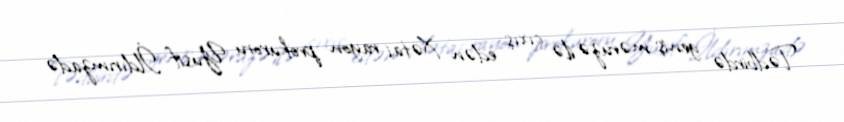
Tədbirdə geniş məruzə ilə çıxış edən Xətai rayon prokuroru Yusif İldırımzadə